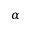
\alpha